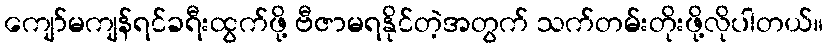
ကျော်မကျန်ရင်ခရီးထွက်ဖို့ ဗီဇာမရနိုင်တဲ့အတွက် သက်တမ်းတိုးဖို့လိုပါတယ်။